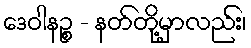
ဒေဝါနဉ္စ - နတ်တို့မှာလည်း၊